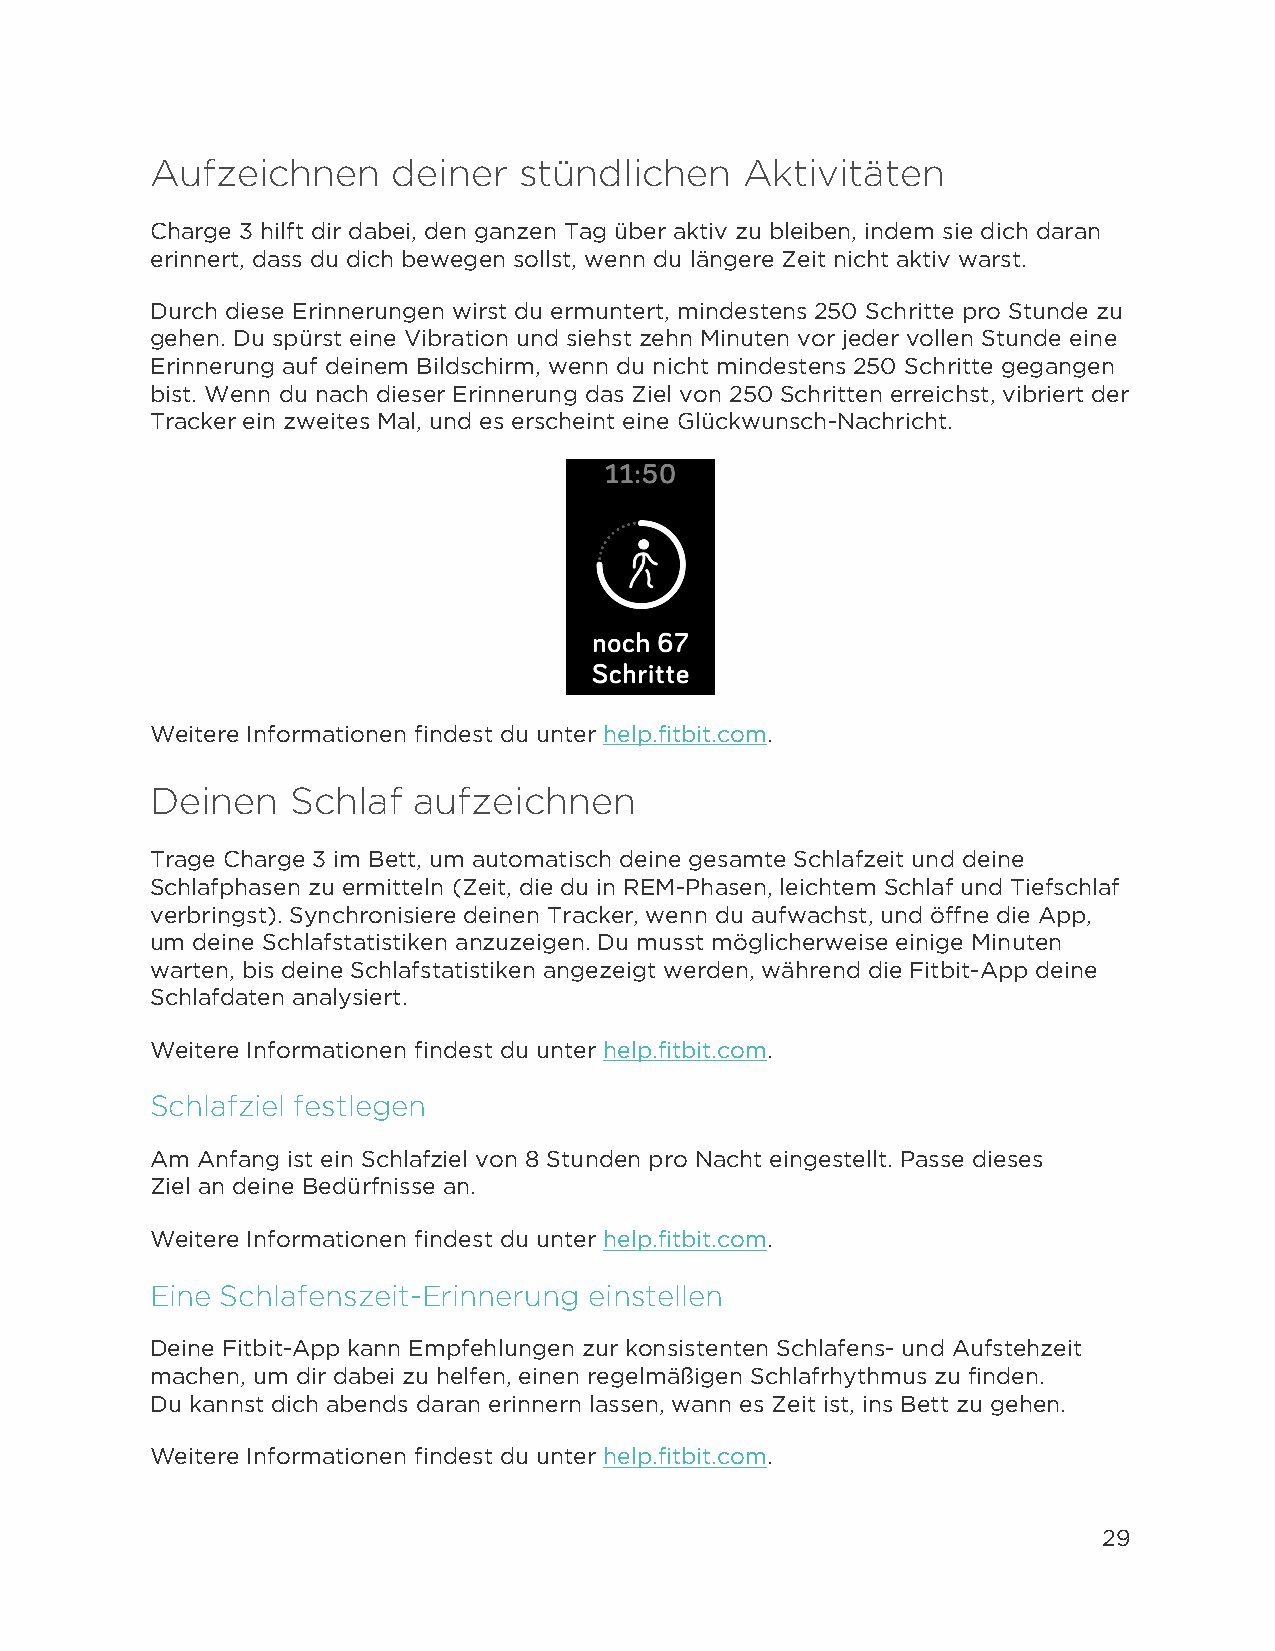
Aufzeichnen     deiner  stündlichen    Aktivitäten
 Charge 3 hilft dir dabei, den ganzen Tag über aktiv zu bleiben, indem sie dich daran
 erinnert, dass du dich bewegen sollst, wenn du längere Zeit nicht aktiv warst.
 Durch diese Erinnerungen wirst du ermuntert, mindestens 250 Schritte pro Stunde zu
 gehen. Du spürst eine Vibration und siehst zehn Minuten vor jeder vollen Stunde eine
 Erinnerung auf deinem Bildschirm, wenn du nicht mindestens 250 Schritte gegangen
 bist. Wenn du nach dieser Erinnerung das Ziel von 250 Schritten erreichst, vibriert der
 Tracker ein zweites Mal, und es erscheint eine Glückwunsch-Nachricht.
 Weitere Informationen findest du unter help.fitbit.com.
 Deinen   Schlaf  aufzeichnen
 Trage Charge 3 im Bett, um automatisch deine gesamte Schlafzeit und deine
 Schlafphasen zu ermitteln (Zeit, die du in REM-Phasen, leichtem Schlaf und Tiefschlaf
 verbringst). Synchronisiere deinen Tracker, wenn du aufwachst, und öffne die App,
 um deine Schlafstatistiken anzuzeigen. Du musst möglicherweise einige Minuten
 warten, bis deine Schlafstatistiken angezeigt werden, während die Fitbit-App deine
 Schlafdaten analysiert.
 Weitere Informationen findest du unter help.fitbit.com.
 Schlafziel festlegen
 Am Anfang ist ein Schlafziel von 8 Stunden pro Nacht eingestellt. Passe dieses
 Ziel an deine Bedürfnisse an.
 Weitere Informationen findest du unter help.fitbit.com.
 Eine Schlafenszeit-Erinnerung einstellen
 Deine Fitbit-App kann Empfehlungen zur konsistenten Schlafens- und Aufstehzeit
 machen, um dir dabei zu helfen, einen regelmäßigen Schlafrhythmus zu finden.
 Du kannst dich abends daran erinnern lassen, wann es Zeit ist, ins Bett zu gehen.
 Weitere Informationen findest du unter help.fitbit.com.
 29